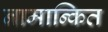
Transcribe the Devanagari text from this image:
नामान्कित